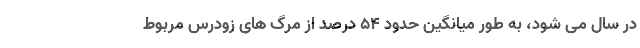
در سال می شود، به طور میانگین حدود ۵۴ درصد از مرگ های زودرس مربوط